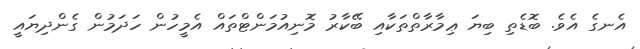
އެނގެ އެވެ. ބޮޑެތި ބިޔަ ޢިމާރާތްތަކާއި ބޭކާރު މޮނިއުމަންޓްތައް އެމީހުން ހަދަމުން ގެންދިޔައީ